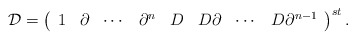
\begin{align*}{\cal D} = \left( \begin{array}{cccccccc} 1 & \partial & \cdots & \partial^{n} & D & D\partial & \cdots & D\partial^{n-1} \end{array} \right)^{st}.\end{align*}